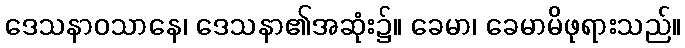
ဒေသနာဝသာနေ၊ ဒေသနာ၏အဆုံး၌။ ခေမာ၊ ခေမာမိဖုရားသည်။